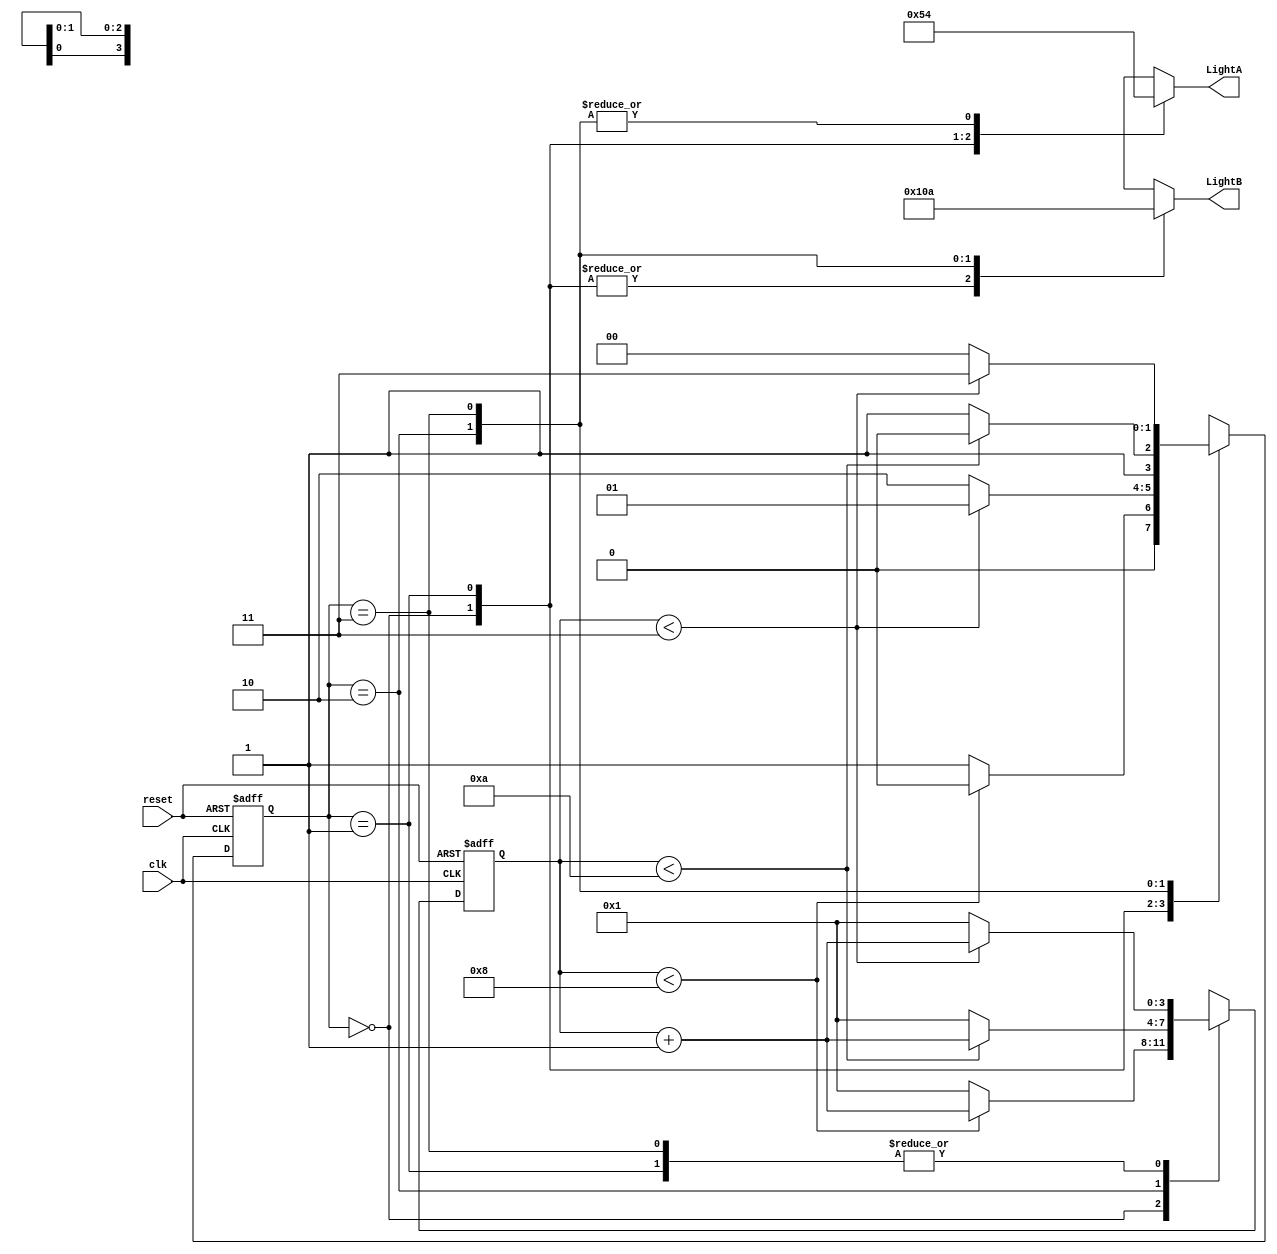
module Traffic_Light(clk, reset, LightA, LightB);
input clk, reset;
output[2:0] LightA, LightB;
reg[2:0] LightA, LightB;

reg[3:0] current_count, next_count;
reg[1:0] current_state, next_state;

// next state combinational logic
always@(current_count)
	case(current_state)
		2'b00:
			begin
				next_count <= (current_count<4'd8) ? current_count + 4'd1 : 4'd1;
				next_state <= (current_count<4'd8) ? 2'b00 : 2'b01;
			end
		2'b01:
			begin
				next_count <= (current_count<4'd3) ? current_count + 4'd1 : 4'd1;
				next_state <= (current_count<4'd3) ? 2'b01 : 2'b10;
			end
		2'b10:
			begin
				next_count <= (current_count<4'd10) ? current_count + 4'd1 : 4'd1;
				next_state <= (current_count<4'd10) ? 2'b10 : 2'b11;
			end
		2'b11:
			begin
				next_count <= (current_count<4'd3) ? current_count + 4'd1 : 4'd1;
				next_state <= (current_count<4'd3) ? 2'b11 : 2'b00;
			end
	endcase

// state register
always@(posedge clk, negedge reset)
	if (!reset)
		begin
			current_count <= 4'd1;
			current_state <= 2'b00;
		end
	else
		begin
			current_count <= next_count;
			current_state <= next_state;
		end

// output combinational logic
always@(current_state)
	case(current_state)
		2'b00:
			begin
				LightA <= 3'b001;
				LightB <= 3'b100;
			end
		2'b01:
			begin
				LightA <= 3'b010;
				LightB <= 3'b100;
			end
		2'b10:
			begin
				LightA <= 3'b100;
				LightB <= 3'b001;
			end
		2'b11:
			begin
				LightA <= 3'b100;
				LightB <= 3'b010;
			end
	endcase

endmodule